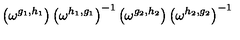
\left( \omega ^ { g _ { 1 } , h _ { 1 } } \right) \left( \omega ^ { h _ { 1 } , g _ { 1 } } \right) ^ { - 1 } \left( \omega ^ { g _ { 2 } , h _ { 2 } } \right) \left( \omega ^ { h _ { 2 } , g _ { 2 } } \right) ^ { - 1 }